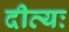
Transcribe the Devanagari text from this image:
दीव्यः